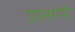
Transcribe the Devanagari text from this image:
उपस्थायी